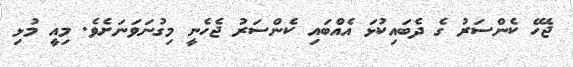
ޖެހޭ ކެންސަރު ގެ ދެބައިކުޅަ އެއްބައި ކެންސަރު ޖެހެނީ މިގުނަވަނަށެވެ. މިއީ މުޅި